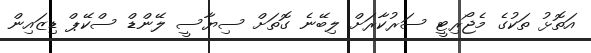
އަތޮޅު ތަކުގެ މެޖޯރިޓީ ސަރުކާރަށް ލިބޭނެ ގޮތަށް ސިޔާސީ ލޭންޑް ސްކޭޕް ޑިޒައިން